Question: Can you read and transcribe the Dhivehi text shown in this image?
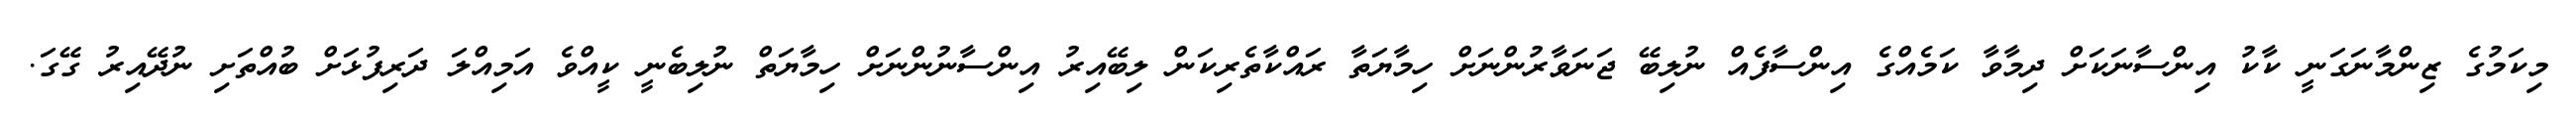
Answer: މިކަމުގެ ޒިންމާނަގަނީ ކާކު އިންސާނަކަށް ދިމާވާ ކަމެއްގެ އިންސާފެއް ނުލިބޭ ޖަނަވާރުންނަށް ހިމާޔަތާ ރައްކާތެރިކަން ލިބޭއިރު އިންސާނުންނަށް ހިމާޔަތް ނުލިބެނީ ކީއްވެ އަމިއްލަ ދަރިފުޅަށް ބުއްތަށި ނުދޭއިރު ގޭގަ.